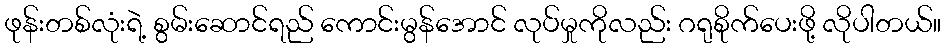
ဖုန်းတစ်လုံးရဲ့ စွမ်းဆောင်ရည် ကောင်းမွန်အောင် လုပ်မှုကိုလည်း ဂရုစိုက်ပေးဖို့ လိုပါတယ်။